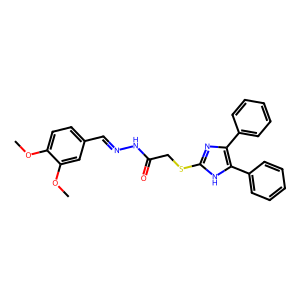
SMILES: COc1ccc(C=NNC(=O)CSc2nc(-c3ccccc3)c(-c3ccccc3)[nH]2)cc1OC
Inhibits HIV replication: No